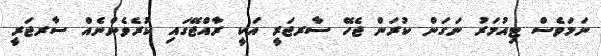
ނަމަވެސް ޓިއުމަރު ނަގަން ކުރަން ޖެހޭ ސާރޖަރީ އަކީ ރާއްޖޭގައި ކުރެވެންނެއް ސާރޖަރީ